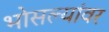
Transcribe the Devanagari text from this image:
भोसल्यांवर